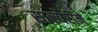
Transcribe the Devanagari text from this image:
साल्येरीने